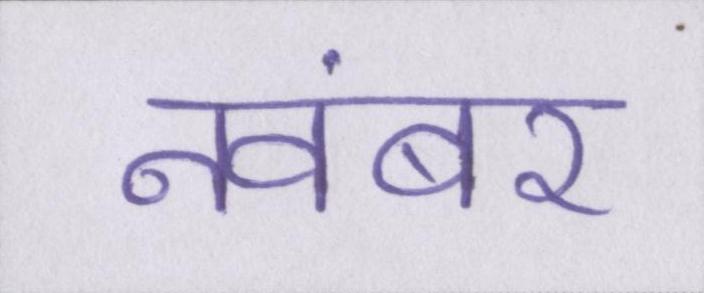
नवंबर